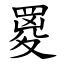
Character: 䍟